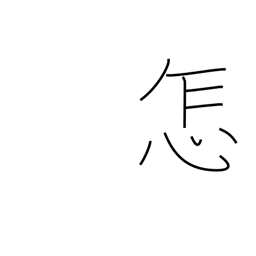
Meaning: how